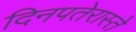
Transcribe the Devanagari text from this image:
दिनपतेरास्ते